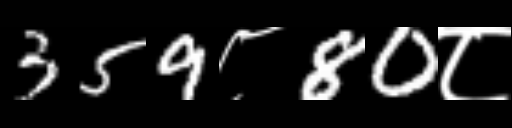
Text: 359८80८